Civil Veterinary Dept. North-West Frontier Province 1901-22 - 1901-1922
Year: 1901
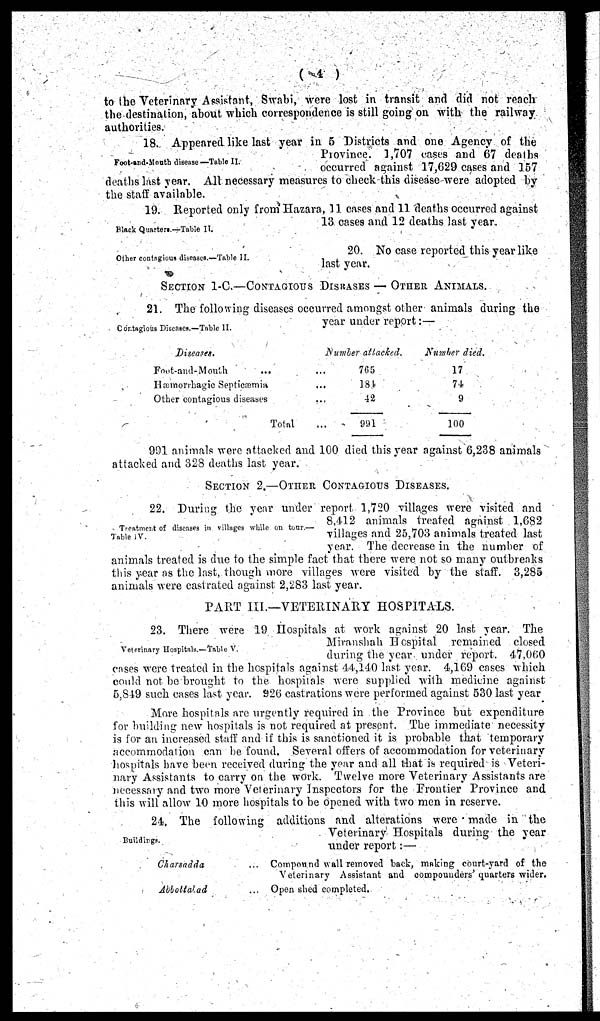
(4)
to the Veterinary Assistant, Swabi, were lost in transit and did not reach
the destination, about which correspondence is still going on with the railway
authorities.
Foot-and-Mouth disease—Table II.
18. Appeared like last year in 5 Districts and one Agency of the
Province. 1,707 cases and 67 deaths
occurred against 17,629 cases and 157
deaths last year. All necessary measures to check this disease were adopted by
the staff available.
Black Quarters.—Table II.
19. Reported only from Hazara, 11 cases and 11 deaths occurred against
13 cases and 12 deaths last year.
Other contagious diseases.—Table II.
20. No case reported this year like
last year.
SECTION 1-C.—CONTAGIOUS DISEASES — OTHER ANIMALS.
Contagious Discases.—Table II.
21. The following diseases occurred amongst other animals during the
year under report:—
Diseases.
Foot-and-Mouth ...
Hæmorrhagic Septicæmia
Other contagious diseases
Total
Number attacked.
...
...
...
...
705
184
42
991
Number died.
17
74
9
100
991 animals were attacked and 100 died this year against 6,238 animals
attacked and 328 deaths last year.
SECTION 2.-OTHER CONTAGIOUS DISEASES.
Treatment of diseases in villages while on tour.—
Table IV.
22. During the year under report 1,720 villages were visited and
8,412 animals treated against 1,682
villages and 25,703 animals treated last
year. The decrease in the number of
animals treated is due to the simple fact that there were not so many outbreaks
this year as the last, though more villages were visited by the staff. 3,285
animals were castrated against 2,283 last year.
PART III.—VETERINARY HOSPITALS.
Veterinary Hospitals.—Table V.
23. There were 19 Hospitals at work against 20 last year. The
Miranshah Hospital remained closed
during the year under report. 47,060
cases were treated in the hospitals against 44,140 last year. 4,169 cases which
could not be brought to the hospitals were supplied with medicine against
5,819 such eases last year. 926 castrations were performed against 530 last year
More hospitals are urgently required in the Province but expenditure
for building new hospitals is not required at present. The immediate necessity
is for an increased staff and if this is sanctioned it is probable that temporary
accommodation can be found. Several offers of accommodation for veterinary
hospitals have been received during the year and all that is required is Veteri-
nary Assistants to carry on the work. Twelve more Veterinary Assistants are
necessary and two more Veterinary Inspectors for the Frontier Province and
this will allow 10 more hospitals to be opened with two men in reserve.
Buildings.
24. The following additions and alterations were made in the
Veterinary Hospitals during the year
under report:—
Charsadda
Abbottalad
...
...
Compound wall removed back, making court-yard of the
Veterinary Assistant and compounders' quarters wider.
Open shed completed.